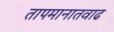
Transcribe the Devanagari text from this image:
तापमानातवाढ